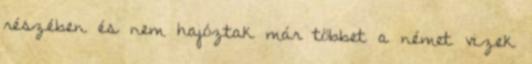
részében és nem hajóztak már többet a német vizek